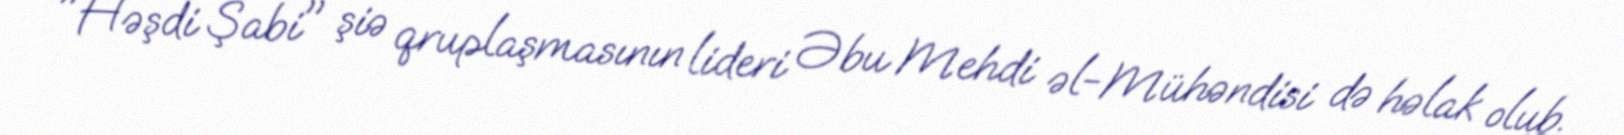
"Həşdi Şabi" şiə qruplaşmasının lideri Əbu Mehdi əl-Mühəndisi də həlak olub.